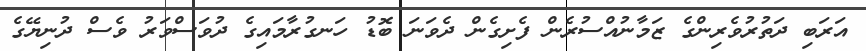
އަރަބި ދަތުރުވެރިންގެ ޒަމާނުއްސުރެން ފެށިގެން ދެވަނަ ބޮޑު ހަނގުރާމައިގެ ދުވަސްވަރު ވެސް ދުނިޔޭގެ